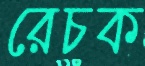
রেচক